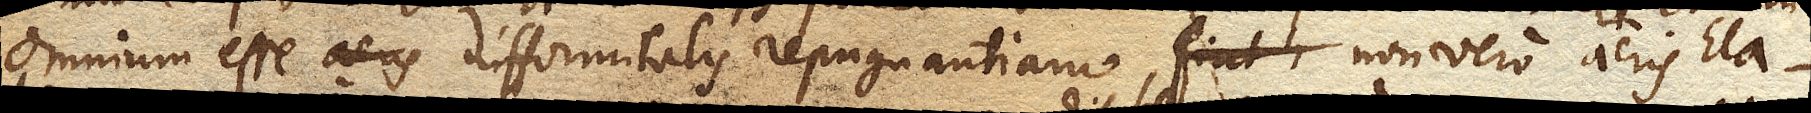
omnium esse difformitatis repugnantiam, non vero aeris Ela–